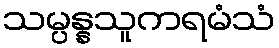
သမ္ပန္နသူကရမံသံ